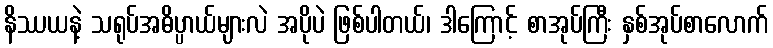
နိဿယနဲ့ သရုပ်အဓိပ္ပာယ်များလဲ အပိုပဲ ဖြစ်ပါတယ်၊ ဒါကြောင့် စာအုပ်ကြီး နှစ်အုပ်စာလောက်